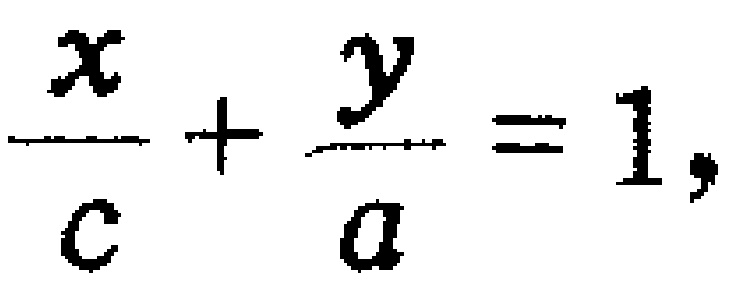
$\frac{x}{c}+\frac{y}{a}=1,$